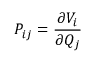
P _ { i j } = { \frac { \partial V _ { i } } { \partial Q _ { j } } }